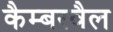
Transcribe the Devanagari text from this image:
कैम्बरवैल